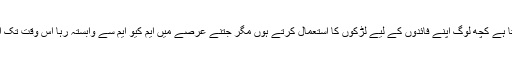
لندن سے کارکنان کو ہدایت ملنے والے سوال پر عشرت العباد نے کہا ہوسکتا ہے کچھ لوگ اپنے فائدوں کے لیے لڑکوں کا استعمال کرتے ہوں مگر جتنے عرصے میں ایم کیو ایم سے وابستہ رہا اُس وقت تک ایسی کوئی بات نہیں تھی اور نہ ہی الطاف بھائی نے کبھی تشدد کا درس دیا۔